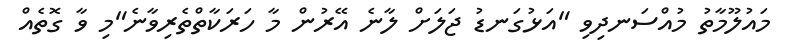
މައުލޫމާތު މުއްސަނދިވި "އަޅުގަނޑު ޖަލަށް ލާނެ އޭރުން މާ ހަރަކާތްތެރިވާނެ"މި ވާ ގޮތެއް